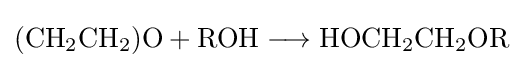
{(\mathrm {CH} {\vphantom {A}}_{\smash[{t}]{2}}\mathrm {CH} {\vphantom {A}}_{\smash[{t}]{2}})\mathrm {O} {}+{}\mathrm {ROH} {}\mathrel {\longrightarrow } {}\mathrm {HOCH} {\vphantom {A}}_{\smash[{t}]{2}}\mathrm {CH} {\vphantom {A}}_{\smash[{t}]{2}}\mathrm {OR} }